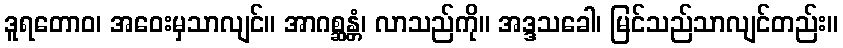
ဒူရတောဝ၊ အဝေးမှသာလျင်။ အာဂစ္ဆန္တံ၊ လာသည်ကို။ အဒ္ဒသခေါ၊ မြင်သည်သာလျင်တည်း။